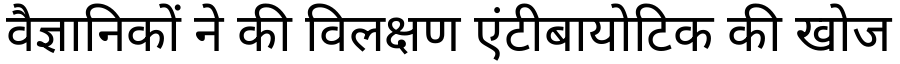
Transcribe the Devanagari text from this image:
वैज्ञानिकों ने की विलक्षण एंटीबायोटिक की खोज